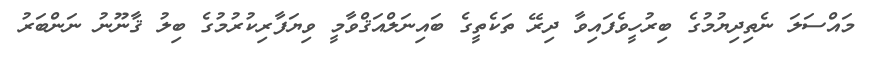
މައްސަލަ ނެތިދިޔުމުގެ ބިރުހީވެފައިވާ ދިރޭ ތަކެތީގެ ބައިނަލްއަޤްވާމީ ވިޔަފާރިކުރުމުގެ ބިލު ޤާނޫނު ނަންބަރު